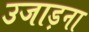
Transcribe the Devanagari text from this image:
उजाड़ना